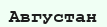
Августан